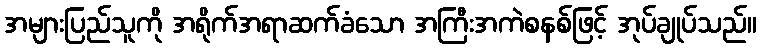
အများပြည်သူကို အရိုက်အရာဆက်ခံသော အကြီးအကဲစနစ်ဖြင့် အုပ်ချုပ်သည်။